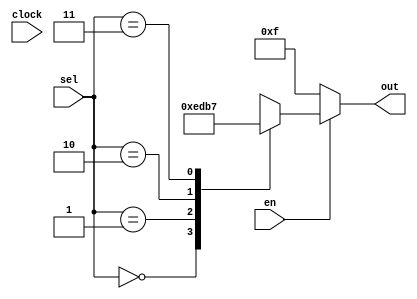
module decoder2_4(
input clock,
input en, // Senyal de "enable"
input [1:0] sel,
output reg [3:0] out // Senyal de sortida de 4 bits

);

always@(sel or en)begin
	if(en==1'b0) begin
	out = 4'b1111;
	end
	else begin
	case (sel)
	2'b00: begin out = 4'b1110; end
	2'b01: begin out= 4'b1101; end
	2'b10: begin out = 4'b1011; end
	2'b11: begin out = 4'b0111; end
	endcase
		
	end
end
endmodule